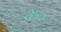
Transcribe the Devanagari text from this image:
ते५०